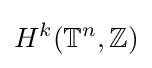
H^{k}(\mathbb {T} ^{n},\mathbb {Z} )